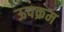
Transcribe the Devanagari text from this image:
ऊपक्रम